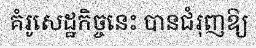
គំរូសេដ្ឋកិច្ចនេះ បានជំរុញឱ្យ